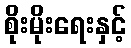
စိုးမိုးရေးနှင့်